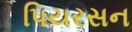
પિયરસન